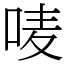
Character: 唛